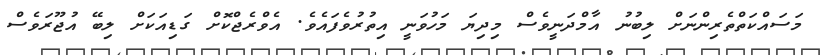
މަސައްކަތްތެރިންނަށް ލިބުނު އާމްދަނީވެސް މިދިޔަ މަހުވަނީ އިތުރުވެފައެވެ. އެވްރެޖްކޮށް ގަޑިއަކަށް ލިބޭ އުޖޫރަވެސް